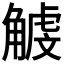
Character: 𧤥